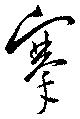
搴